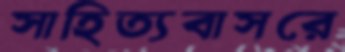
সাহিত্যবাসরে